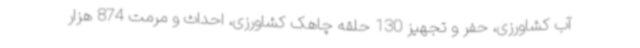
آب کشاورزی، حفر و تجهیز 130 حلقه چاهک کشاورزی، احداث و مرمت 874 هزار